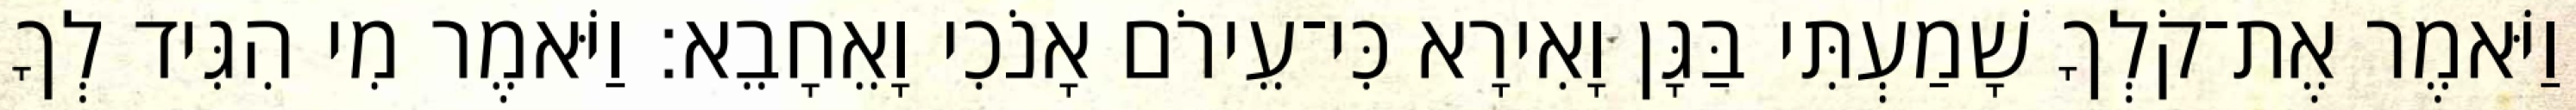
וַיֹּאמֶר אֶת־קֹלְךָ שָׁמַעְתִּי בַּגָּן וָאִירָא כִּי־עֵירֹם אָנֹכִי וָאֵחָבֵא׃ וַיֹּאמֶר מִי הִגִּיד לְךָ